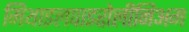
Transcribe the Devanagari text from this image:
मिथाइलपाइरोलीनिअम